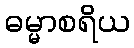
ဓမ္မာစရိယ